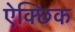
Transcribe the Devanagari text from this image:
ऐक्छिक